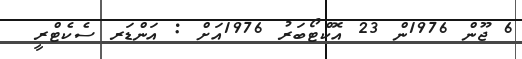
6 ޖޫން 1976ން 23 އޮކްޓޯބަރު 1976އަށް : އަންޑަރ ސެކެޓްރީ